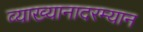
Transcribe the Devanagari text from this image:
व्याख्यानादरम्यान